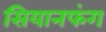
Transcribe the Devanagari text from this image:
सियानफंग